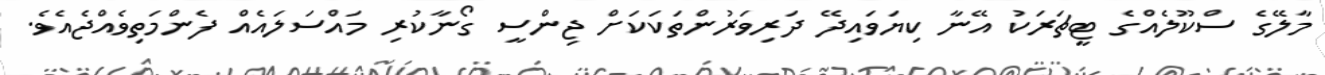
މާލޭގެ ސްކޫލެއްގެ ޓީޗަރަކު އޭނާ ކިޔަވައިދޭ ދަރިވަރުންތަކަކަށް ޖިންސީ ގޯނާކުރި މައްސަލައެއް ފެންމަތިވެއްޖެއެވެ.